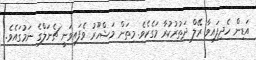
އަޑިން ހެދިފައިވާ ރޭލް ދަތުރުކުރާ މަގެކެވެ. މިތަން މަޝްހޫރު ވެފައިވަނީ ޗެނަލްގެ ނަމުގައެވެ.